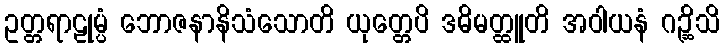
ဥတ္တရာဠုမ္ပံ ဘောဇနာနိသံသောတိ ယုတ္တေပိ ဒဓိမတ္ထူတိ အဝါယနံ ဂဉ္ဆိသိ